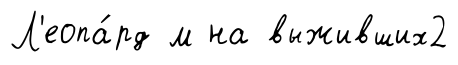
Л'еопа́рд м на выживших2